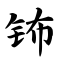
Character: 钸